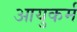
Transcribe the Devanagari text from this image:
आयुकर्म